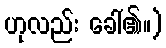
ဟုလည်း ခေါ်၏။)